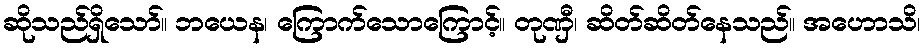
ဆိုသည်ရှိသော်။ ဘယေန၊ ကြောက်သောကြောင့်။ တုဏှီ၊ ဆိတ်ဆိတ်နေသည်။ အဟောသိ၊